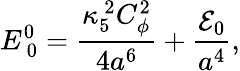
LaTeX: E_{~0}^{0}={\frac{\kappa_{5}^{~2}C_{\phi}^{2}}{4a^{6}}}+{\frac{{\cal E}_{0}}{a^{4}}},